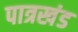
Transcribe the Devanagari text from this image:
पात्रखंड